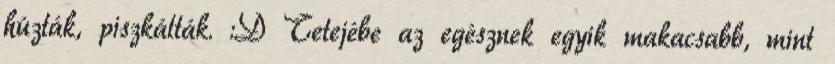
húzták, piszkálták. :D Tetejébe az egésznek egyik makacsabb, mint